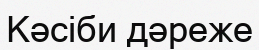
Кәсіби дәреже